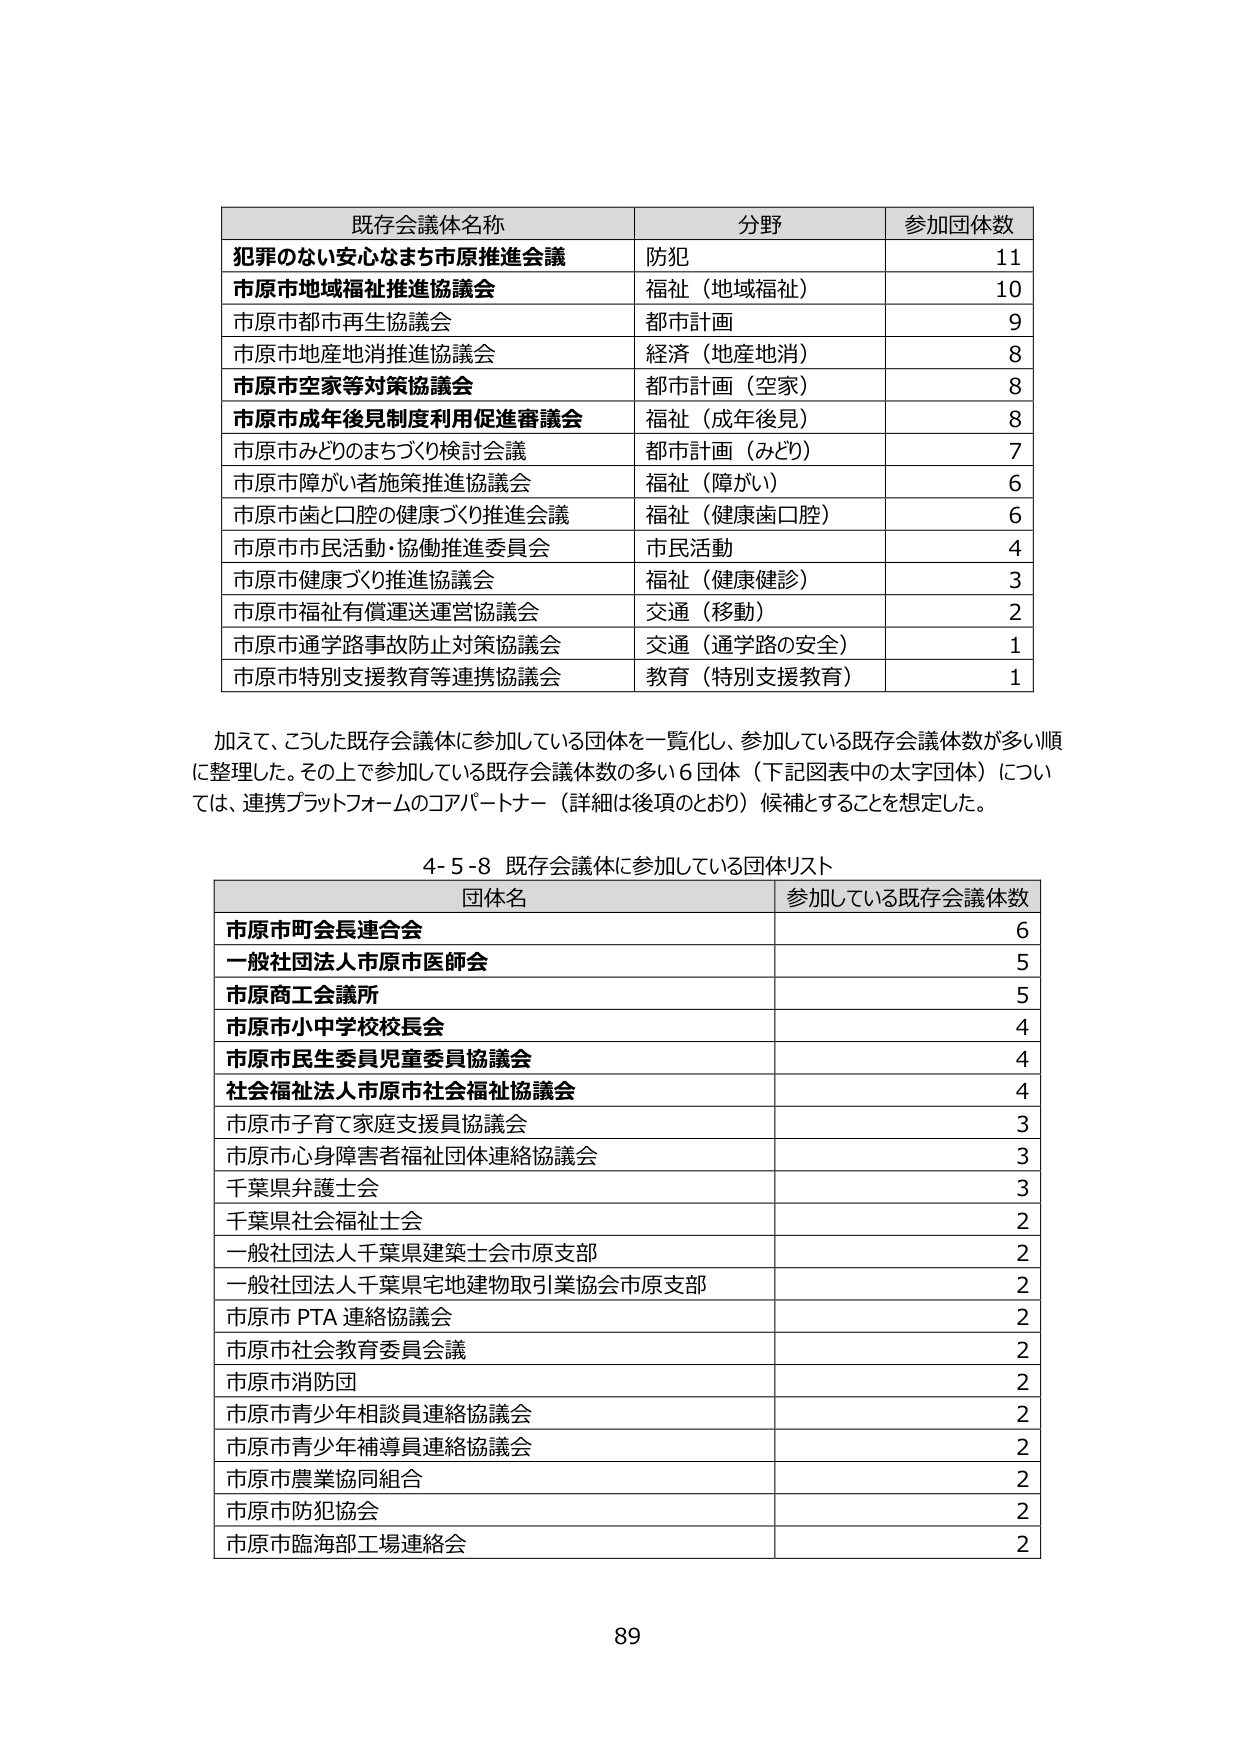
既存会議体名称 分野 参加団体数
犯罪のない安心なまち市原推進会議 防犯 11
市原市地域福祉推進協議会 福祉（地域福祉） 10
市原市都市再生協議会 都市計画 9
市原市地産地消推進協議会 経済（地産地消） 8
市原市空家等対策協議会 都市計画（空家） 8
市原市成年後見制度利用促進審議会 福祉（成年後見） 8
市原市みどりのまちづくり検討会議 都市計画（みどり） 7
市原市障がい者施策推進協議会 福祉（障がい） 6
市原市歯と口腔の健康づくり推進会議 福祉（健康歯口腔） 6
市原市市民活動・協働推進委員会 市民活動 4
市原市健康づくり推進協議会 福祉（健康健診） 3
市原市福祉有償運送運営協議会 交通（移動） 2
市原市通学路事故防止対策協議会 交通（通学路の安全） 1
市原市特別支援教育等連携協議会 教育（特別支援教育） 1

加えて、こうした既存会議体に参加している団体を一覧化し、参加している既存会議体数が多い順に整理した。その上で参加している既存会議体数の多い6団体（下記図表中の太字団体）については、連携プラットフォームのコアパートナー（詳細は後項のとおり）候補とすることを想定した。

4-5-8 既存会議体に参加している団体リスト
団体名 参加している既存会議体数
市原市町会長連合会 6
一般社団法人市原市医師会 5
市原商工会議所 5
市原市小中学校校長会 4
市原市民生委員児童委員協議会 4
社会福祉法人市原市社会福祉協議会 4
市原市子育て家庭支援員協議会 3
市原市心身障害者福祉団体連絡協議会 3
千葉県弁護士会 3
千葉県社会福祉士会 2
一般社団法人千葉県建築士会市原支部 2
一般社団法人千葉県宅地建物取引業協会市原支部 2
市原市PTA連絡協議会 2
市原市社会教育委員会議 2
市原市消防団 2
市原市青少年相談員連絡協議会 2
市原市青少年補導員連絡協議会 2
市原市農業協同組合 2
市原市防犯協会 2
市原市臨海部工場連絡会 2

89